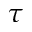
\tau